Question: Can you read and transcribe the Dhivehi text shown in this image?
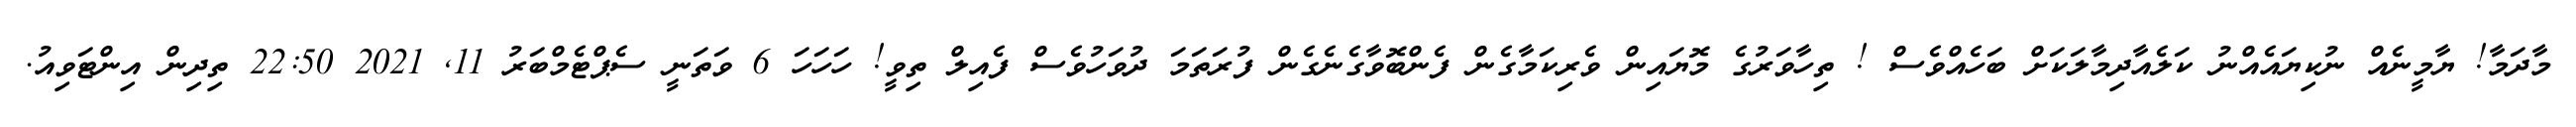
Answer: މާދަމާ! ޔާމީނެއް ނުކިޔައެއްނު ކަލެއާދިމާލަކަށް ބަހެއްވެސް ! ތިހާވަރުގެ މޮޔައިން ވެރިކަމާގެން ފެންބޮވާގެނެގެން ފުރަތަމަ ދުވަހުވެސް ފެއިލް ތިވީ! ހަހަހަ 6 ވަތަނީ ސެޕްޓެމްބަރު 11, 2021 22:50 ތިދިން އިންޓަވިއު.